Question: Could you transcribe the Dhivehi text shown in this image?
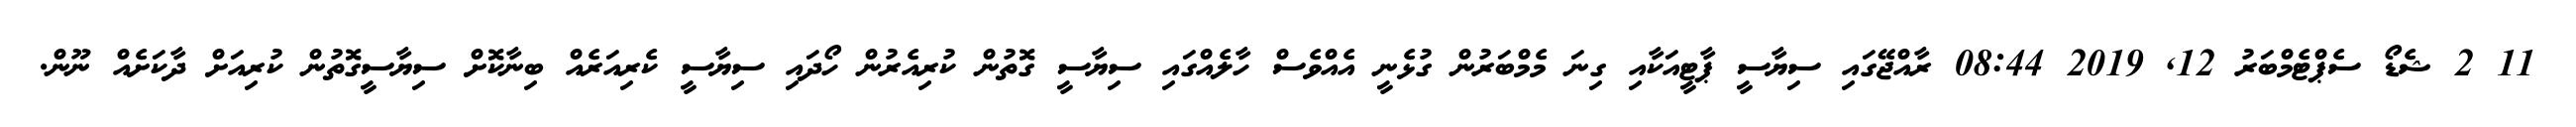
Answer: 11 2 ޝެޑޯ ސެޕްޓެމްބަރު 12, 2019 08:44 ރާއްޖޭގައި ސިޔާސީ ޕާޓީއަކާއި ގިނަ މެމްބަރުން ގުޅެނީ އެއްވެސް ހާލެއްގައި ސިޔާސީ ގޮތުން ކުރިއެރުން ހޯދައި ސިޔާސީ ކެރިއަރެއް ބިނާކޮށް ސިޔާސީގޮތުން ކުރިއަށް ދާކަށެއް ނޫން.